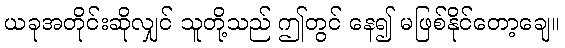
ယခုအတိုင်းဆိုလျှင် သူတို့သည် ဤတွင် နေ၍ မဖြစ်နိုင်တော့ချေ။